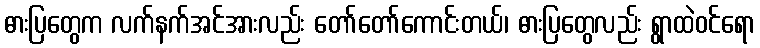
ဓားပြတွေက လက်နက်အင်အားလည်း တော်တော်ကောင်းတယ်၊ ဓားပြတွေလည်း ရွာထဲဝင်ရော